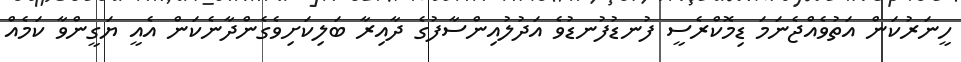
ހީނަރުކަން އަތުވެއްޖެނަމަ ޑިމޮކްރެސީ ފުނޑުފުނޑުވެ އަދުލުއިންސާފުގެ ދާއިރާ ބަލިކަށިވެގެންދާނެކަން އެއީ ޔަގީންވާ ކަމެއް